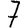
Digit: 7